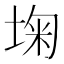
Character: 𰉺